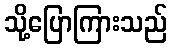
သို့ပြောကြားသည်